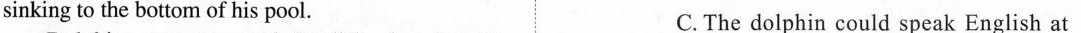
sinking to the bottom of his pool. C. The dolphin could speak English at.